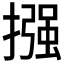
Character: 摾